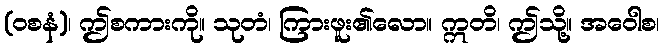
(ဝစနံ)၊ ဤစကားကို။ သုတံ၊ ကြားဖူး၏လော။ ဣတိ၊ ဤသို့။ အဝေါစ၊